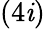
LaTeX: (4\mathit{i})